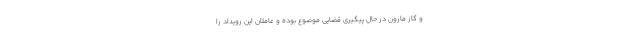
و گاز مارون در حال پیگیری قضایی موضوع بوده و عاملان این رویداد را